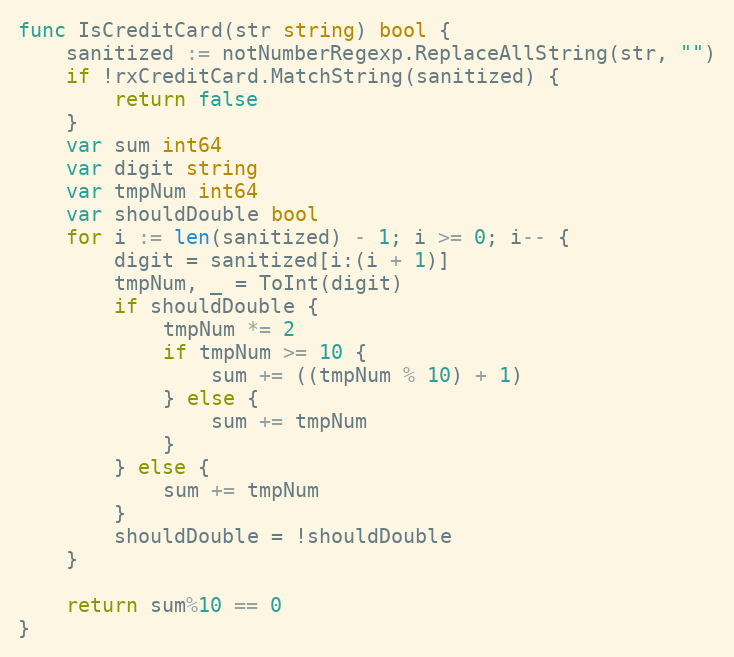
Language: Go
func IsCreditCard(str string) bool {
	sanitized := notNumberRegexp.ReplaceAllString(str, "")
	if !rxCreditCard.MatchString(sanitized) {
		return false
	}
	var sum int64
	var digit string
	var tmpNum int64
	var shouldDouble bool
	for i := len(sanitized) - 1; i >= 0; i-- {
		digit = sanitized[i:(i + 1)]
		tmpNum, _ = ToInt(digit)
		if shouldDouble {
			tmpNum *= 2
			if tmpNum >= 10 {
				sum += ((tmpNum % 10) + 1)
			} else {
				sum += tmpNum
			}
		} else {
			sum += tmpNum
		}
		shouldDouble = !shouldDouble
	}

	return sum%10 == 0
}